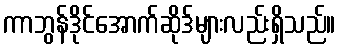
ကာဘွန်ဒိုင်အောက်ဆိုဒ်များလည်းရှိသည်။